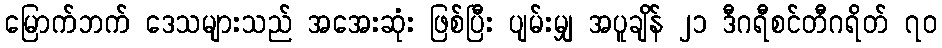
မြောက်ဘက် ဒေသများသည် အအေးဆုံး ဖြစ်ပြီး ပျမ်းမျှ အပူချိန် ၂၁ ဒီဂရီစင်တီဂရိတ် ၇၀